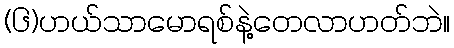
(၆)ဟယ်သာမောရစ်နဲ့တေလာဟတ်ဘဲ။